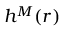
h ^ { M } ( r )